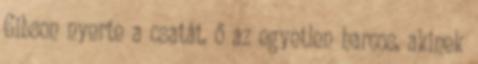
Gibson nyerte a csatát, ő az egyetlen harcos, akinek